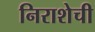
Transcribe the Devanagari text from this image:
निराशेची